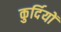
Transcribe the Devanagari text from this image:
कुर्दियों